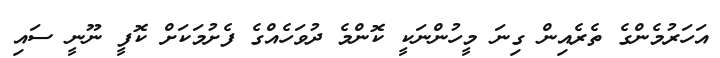
އަހަރުމެންގެ ތެރެއިން ގިނަ މީހުންނަކީ ކޮންމެ ދުވަހެއްގެ ފެށުމަކަށް ކޮފީ ނޫނީ ސައި